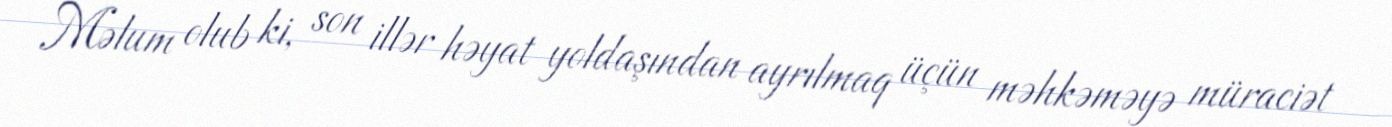
Məlum olub ki, son illər həyat yoldaşından ayrılmaq üçün məhkəməyə müraciət